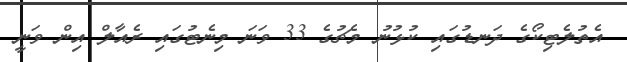
އެތުލެޓިކޯގެ ދަނޑުގައި ކުޅުނު މެޗުގެ 33 ވަނަ މިނެޓުގައި ރެއާލް އިން ވަނީ